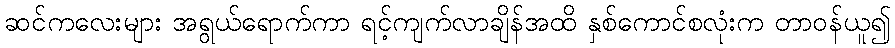
ဆင်ကလေးများ အရွယ်ရောက်ကာ ရင့်ကျက်လာချိန်အထိ နှစ်ကောင်စလုံးက တာဝန်ယူ၍